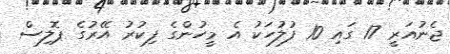
ޖެނުއަރީ 17 ގައި 10 ފުލުހަކު އެ މީހުންގެ ފިކުރު އޭރުގެ ޕޮލިސް